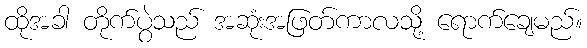
ထိုအခါ တိုက်ပွဲသည် အဆုံးအဖြတ်ကာလသို့ ရောက်ချေမည်။